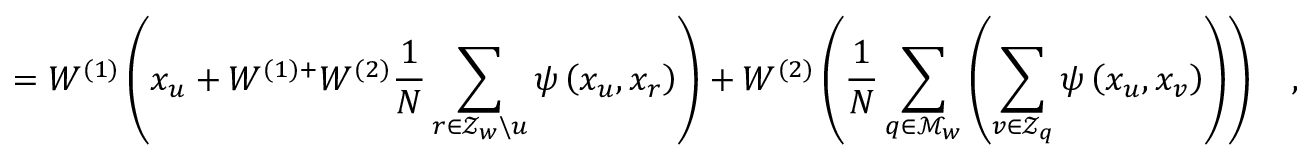
= W ^ { ( 1 ) } \left( x _ { u } + W ^ { ( 1 ) + } W ^ { ( 2 ) } \frac { 1 } { N } \sum _ { r \in \mathcal { Z } _ { w } \backslash u } \psi \left( x _ { u } , x _ { r } \right) \right) + W ^ { ( 2 ) } \left( \frac { 1 } { N } \sum _ { q \in \mathcal { M } _ { w } } \left( \sum _ { v \in \mathcal { Z } _ { q } } \psi \left( x _ { u } , x _ { v } \right) \right) \right) \quad ,